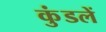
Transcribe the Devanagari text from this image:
कुंडलें